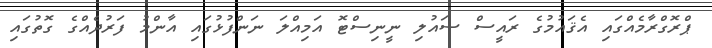
ޕްރޮގްރާމެއްގައި އެޤައުމުގެ ރައީސް ސައުލި ނީނިސްޓޮ އަމިއްލަ ނަންފުޅުގައި އާންމު ފަރުދެއްގެ ގޮތުގައި